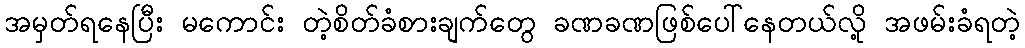
အမှတ်ရနေပြီး မကောင်း တဲ့စိတ်ခံစားချက်တွေ ခဏခဏဖြစ်ပေါ်နေတယ်လို့ အဖမ်းခံရတဲ့